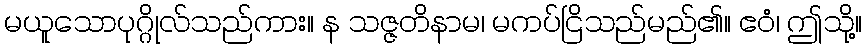
မယူသောပုဂ္ဂိုလ်သည်ကား။ န သဇ္ဇတိနာမ၊ မကပ်ငြိသည်မည်၏။ ဧဝံ၊ ဤသို့။